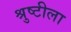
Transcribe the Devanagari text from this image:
श्रुष्टीला